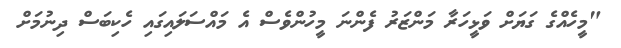
"މީހެއްގެ ގަޔަށް ވަޅީހަރާ މަންޒަރު ފެންނަ މީހުންވެސް އެ މައްސަލައިގައި ހެކިބަސް ދިނުމަށް